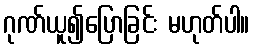
ဂုဏ်ယူ၍ပြောခြင်း မဟုတ်ပါ။